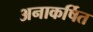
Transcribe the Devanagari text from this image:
अनाकर्षित